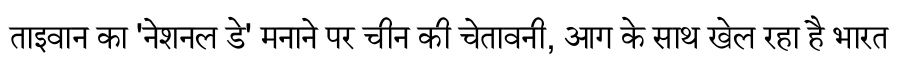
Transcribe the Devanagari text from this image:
ताइवान का 'नेशनल डे' मनाने पर चीन की चेतावनी, आग के साथ खेल रहा है भारत